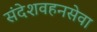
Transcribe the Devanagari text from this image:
संदेशवहनसेवा